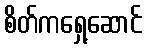
စိတ်ကရှေ့ဆောင်